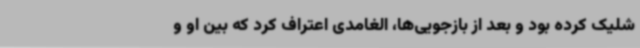
شلیک کرده بود و بعد از بازجویی‌ها، الغامدی اعتراف کرد که بین او و